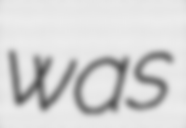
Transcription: was